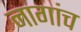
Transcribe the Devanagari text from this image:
नागांच